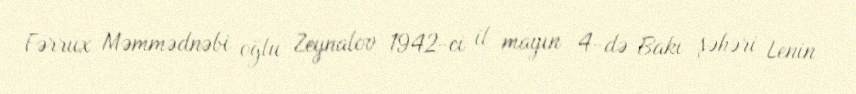
Fərrux Məmmədnəbi oğlu Zeynalov 1942-ci il mayın 4-də Bakı şəhəri Lenin